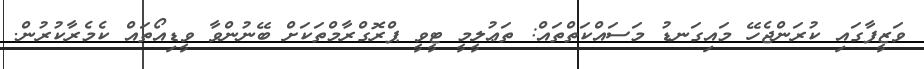
ވަޒީފާގައި ކުރަންޖެހޭ މައިގަނޑު މަސައްކަތްތައް: ތަޢުލީމީ ޓީވީ ޕްރޮގްރާމްތަކަށް ބޭނުންވާ ވީޑިއޯތައް ކެމެރާކުރުން.